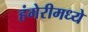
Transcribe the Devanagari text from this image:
हंगेरीमध्ये